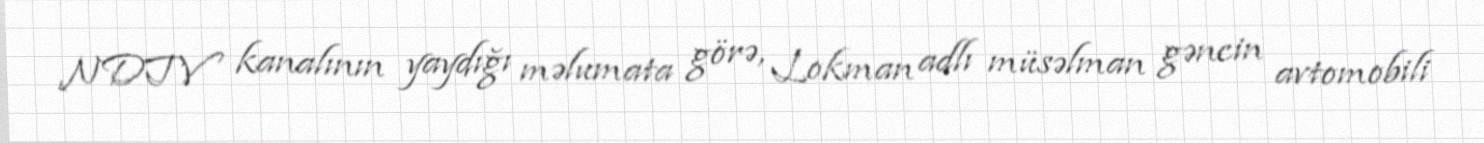
NDTV kanalının yaydığı məlumata görə, Lokman adlı müsəlman gəncin avtomobili